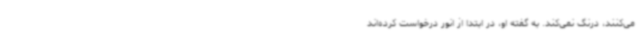
می‌کنند، درنگ نمی‌کند. به گفته او، در ابتدا از انور درخواست کرده‌اند